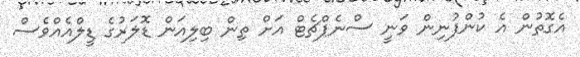
އެގޮތުން އެ ކުންފުނިން ވަނީ ސްނެޕްޗެޓް އަށް ތިން ބިލިއަން ޑޮލަރުގެ ޑީލްއެއްވެސް